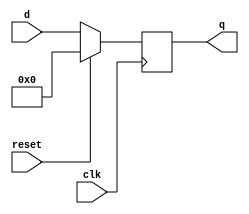
`timescale 1ns / 1ps
//////////////////////////////////////////////////////////////////////////////////
// Company: 
// Engineer: 
// 
// Design Name: 
// Module Name: FlipFlop
// Project Name: 
// Target Devices: 
// Tool Versions: 
// Description: 
// 
// Dependencies: 
// 
// Revision:
// Revision 0.01 - File Created
// Additional Comments:
// 
//////////////////////////////////////////////////////////////////////////////////

// Module Definition
module FlipFlop(
                clk, reset, // 1-bit each
                d,          // 8-bit
                q           // 8-bit 
                );

    // Define the I/O Signals
    input [7:0] d;          // Input
    input clk;              // Input
    input reset;    
    output reg [7:0] q;     // Output 
    
    always @(posedge clk) begin
        if (reset == 1'b1) 
            q <= 8'b00000000;
        else
            q = d;
    end
    
endmodule